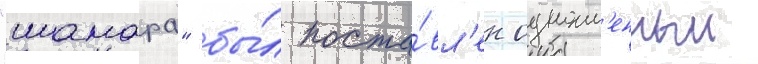
"шамара" бы́л поста́вл'ен одноим'енныи